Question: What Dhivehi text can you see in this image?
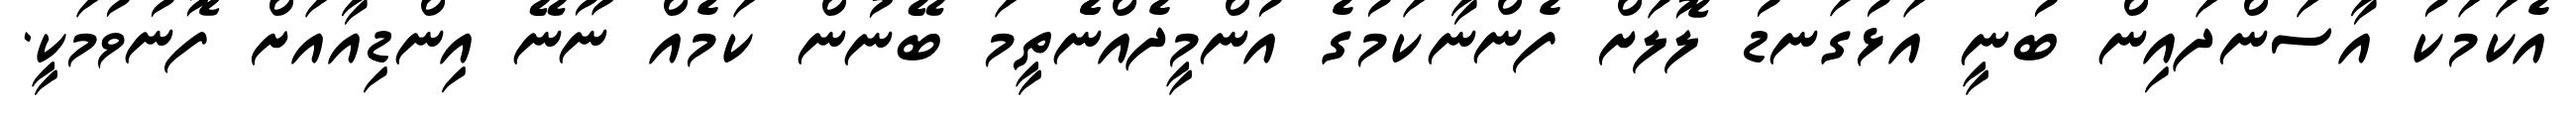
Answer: އެކަމަކު އާސަންދައިން ބުނީ އަޅުގަނޑު ލޮލަށް ފެންނާކަމުގެ އުންމީދެއްނެެތީމަ ބޭނުން ކަމެއް ނޫނޭ އިންޑިއާއަށް ފޮނުވުމަކީ.